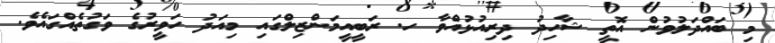
މި ބައްދަލުވުން އޮތީ ޝާހިދު ދިރިއުޅުއްވާ ހ. ރަބީއީމަންޒިލްގައި މިއަދު ހަވީރުގެ ވަގުތެއްގައެވެ.